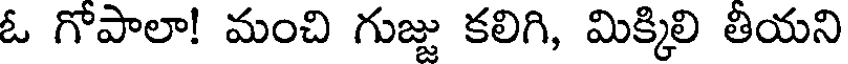
ఓ గోపాలా! మంచి గుజ్జు కలిగి, మిక్కిలి తియని